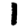
Digit: 1